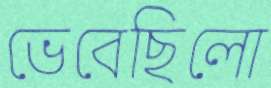
ভেবেছিলো